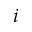
i